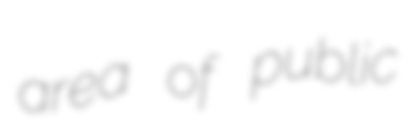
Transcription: area of public